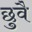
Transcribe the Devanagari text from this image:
छुवै